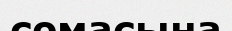
сомасына